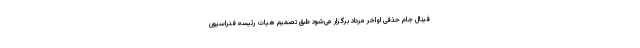
فینال جام حذفی اواخر مرداد برگزار می‌شود طبق تصمیم هیات رئیسه فدراسیون